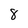
Character: 8